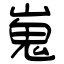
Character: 嵬